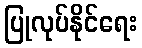
ပြုလုပ်နိုင်ရေး